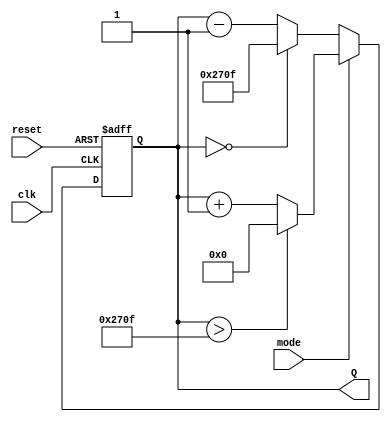
module CounterOutput(clk, mode, reset, Q);
	input clk;
	input mode, reset;
	output reg [15:0] Q;

	always @(posedge clk, negedge reset) begin
		
		if (reset == 0) begin 
			Q <= 0;
		end
		else begin
			if (mode == 0)	begin
				Q <= Q - 1; 
				
				if (Q == 0) Q <= 9999;
			end else begin
				Q <= Q + 1; 
				
				if (Q > 9999) Q <= 0;
			end
		end
		
	end

endmodule